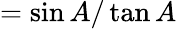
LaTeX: ={\sin A/\tan A}